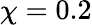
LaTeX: \chi=0.2